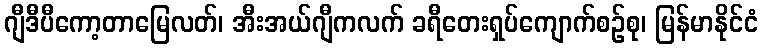
ဂျီဒီပီကော့တာမြေလတ်၊ အီးအယ်ဂျီကလက် ခရီတေးရှပ်ကျောက်စဉ်စု၊ မြန်မာနိုင်ငံ